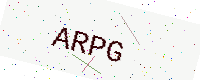
Text: ARPG